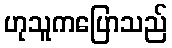
ဟုသူကပြောသည်